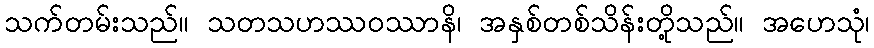
သက်တမ်းသည်။ သတသဟဿဝဿာနိ၊ အနှစ်တစ်သိန်းတို့သည်။ အဟေသုံ၊